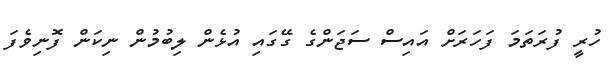
ހުރީ ފުރަތަމަ ފަހަރަށް އައިސް ސަޖަންގެ ގޭގައި އުޅެން ލިބުމުން ނިކަން ފޮނިވެފަ